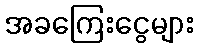
အခကြေးငွေများ